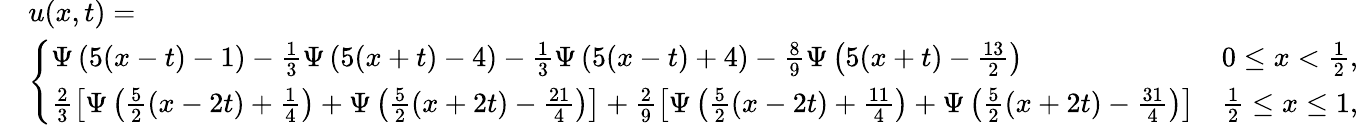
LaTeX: \begin{array}{rl}&{u(x,t)=}\\ &{\left\{ \begin{array}{ll}{\Psi\left(5(x-t)-1\right)-\frac{1}{3}\Psi\left(5(x+t)-4\right)-\frac{1}{3}\Psi\left(5(x-t)+4\right)-\frac{8}{9}\Psi\left(5(x+t)-\frac{13}{2}\right)}&{0\le x<\frac{1}{2},}\\ {\frac{2}{3}\left[\Psi\left(\frac{5}{2}(x-2t)+\frac{1}{4}\right)+\Psi\left(\frac{5}{2}(x+2t)-\frac{21}{4}\right)\right]+\frac{2}{9}\left[\Psi\left(\frac{5}{2}(x-2t)+\frac{11}{4}\right)+\Psi\left(\frac{5}{2}(x+2t)-\frac{31}{4}\right)\right]}&{\frac 12\le x\le 1,}\end{array}\right.}\end{array}